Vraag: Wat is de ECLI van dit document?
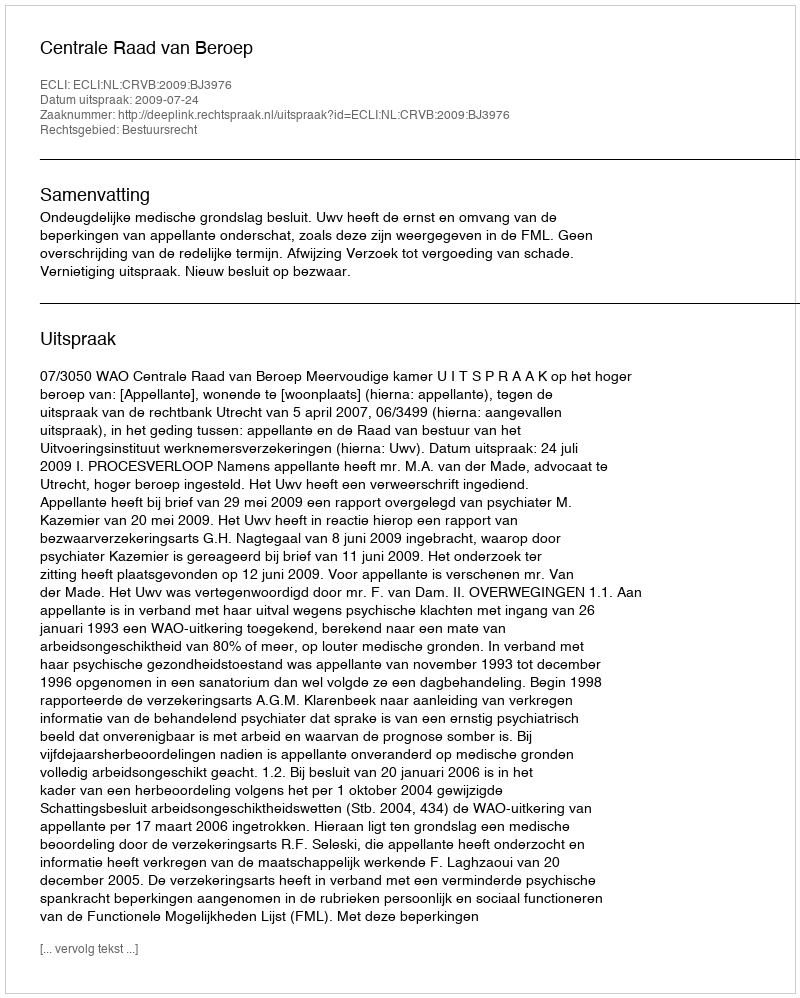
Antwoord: ECLI:NL:CRVB:2009:BJ3976